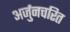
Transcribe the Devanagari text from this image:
अर्जुनचरित